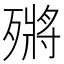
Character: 𣩗